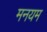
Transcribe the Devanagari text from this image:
मनयम